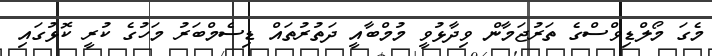
މެގަ މޯލްޑިވްސްގެ ތަރުޖަމާން ވިދާޅުވީ މުމްބާއީ ދަތުރުތައް ޑިސެމްބަރު މަހުގެ ކުރީ ކޮޅުގައި